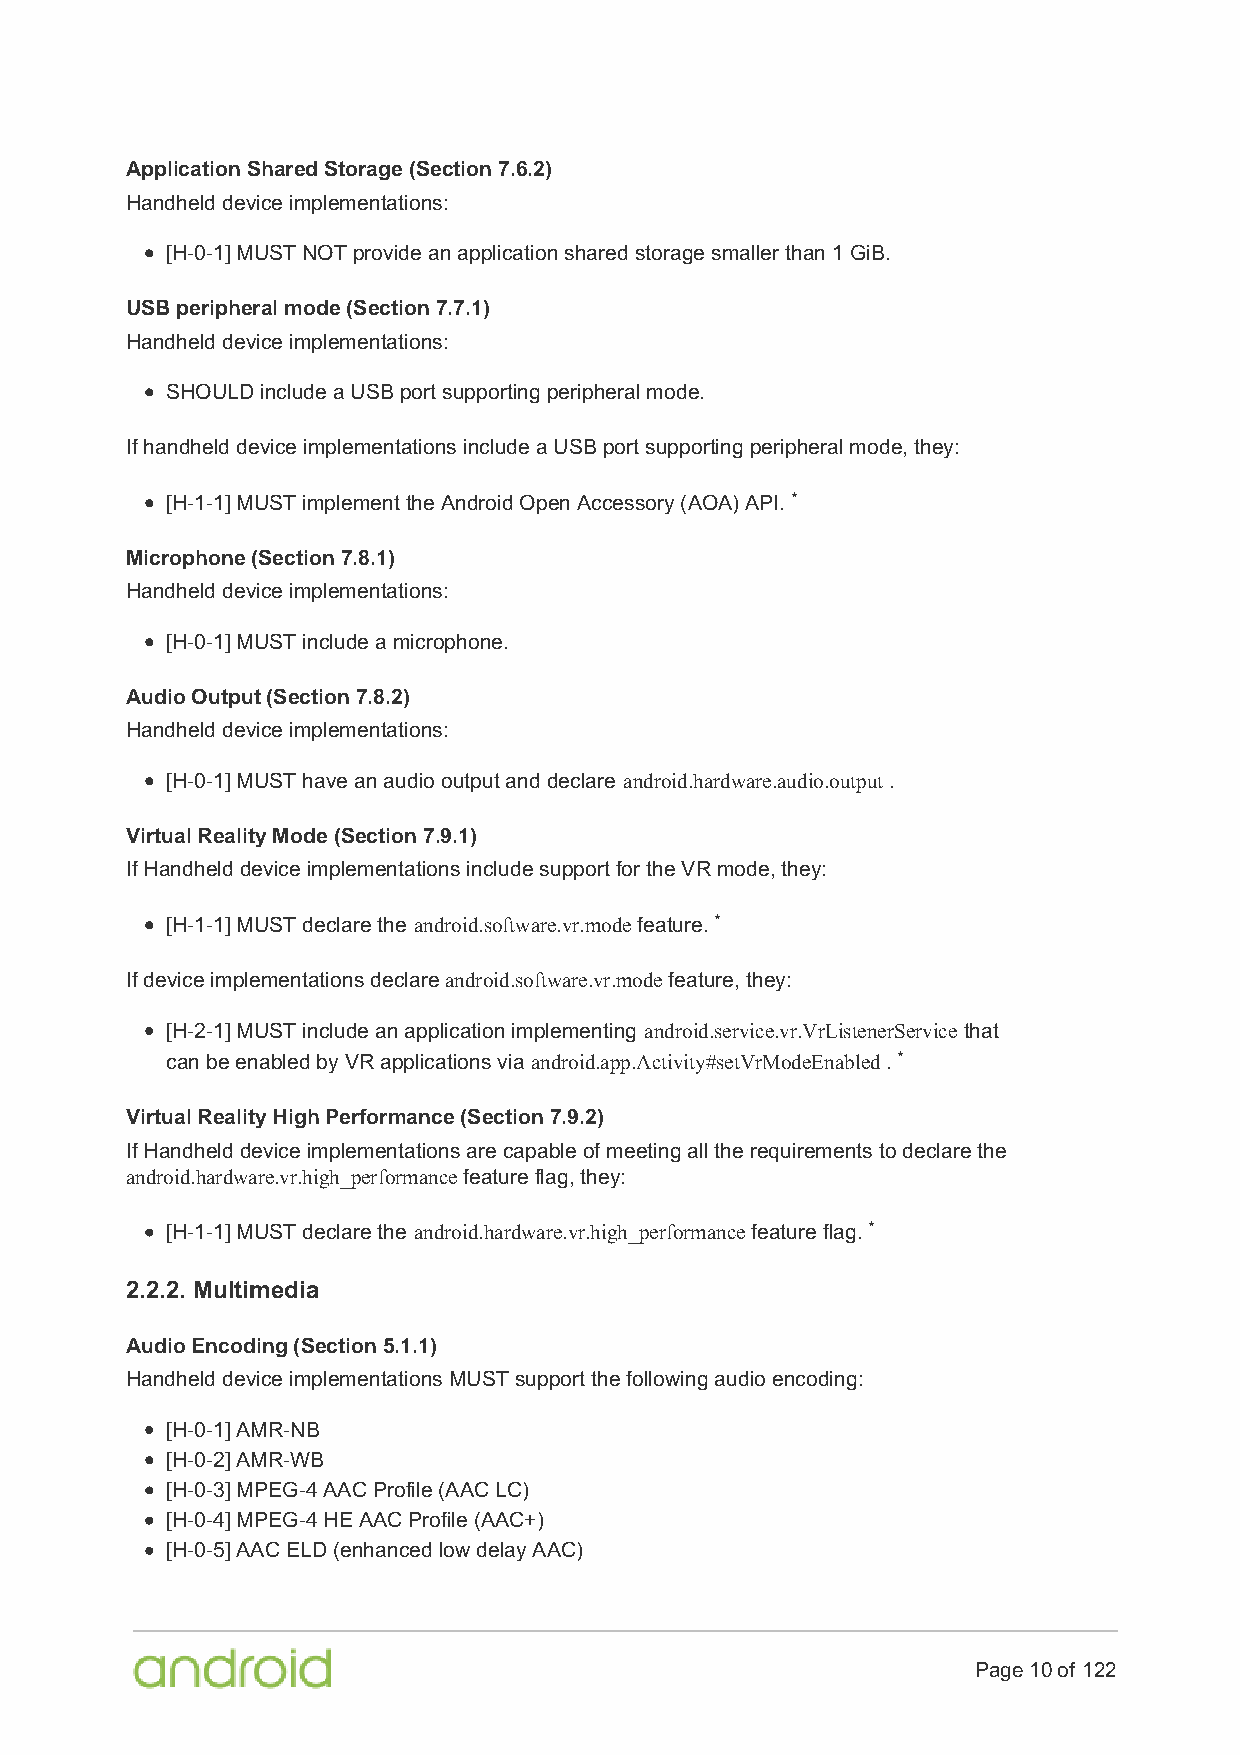
Application Shared Storage (Section 7.6.2)
 Handheld device implementations:
 [H-0-1] MUST NOT provide an application shared storage smaller than 1 GiB.
 USB peripheral mode (Section 7.7.1)
 Handheld device implementations:
 SHOULD include a USB port supporting peripheral mode.
 If handheld device implementations include a USB port supporting peripheral mode, they:
 [H-1-1] MUST implement the Android Open Accessory (AOA) API. *
 Microphone (Section 7.8.1)
 Handheld device implementations:
 [H-0-1] MUST include a microphone.
 Audio Output (Section 7.8.2)
 Handheld device implementations:
 [H-0-1] MUST have an audio output and declare android.hardware.audio.output .
 Virtual Reality Mode (Section 7.9.1)
 If Handheld device implementations include support for the VR mode, they:
 [H-1-1] MUST declare the android.software.vr.mode feature. *
 If device implementations declare android.software.vr.mode feature, they:
 [H-2-1] MUST include an application implementing android.service.vr.VrListenerService that
 can be enabled by VR applications via android.app.Activity#setVrModeEnabled . *
 Virtual Reality High Performance (Section 7.9.2)
 If Handheld device implementations are capable of meeting all the requirements to declare the
 android.hardware.vr.high_performance feature flag, they:
 [H-1-1] MUST declare the android.hardware.vr.high_performance feature flag. *
 2.2.2. Multimedia
 Audio Encoding (Section 5.1.1)
 Handheld device implementations MUST support the following audio encoding:
 [H-0-1] AMR-NB
 [H-0-2] AMR-WB
 [H-0-3] MPEG-4 AAC Profile (AAC LC)
 [H-0-4] MPEG-4 HE AAC Profile (AAC+)
 [H-0-5] AAC ELD (enhanced low delay AAC)
 Page 10 of 122